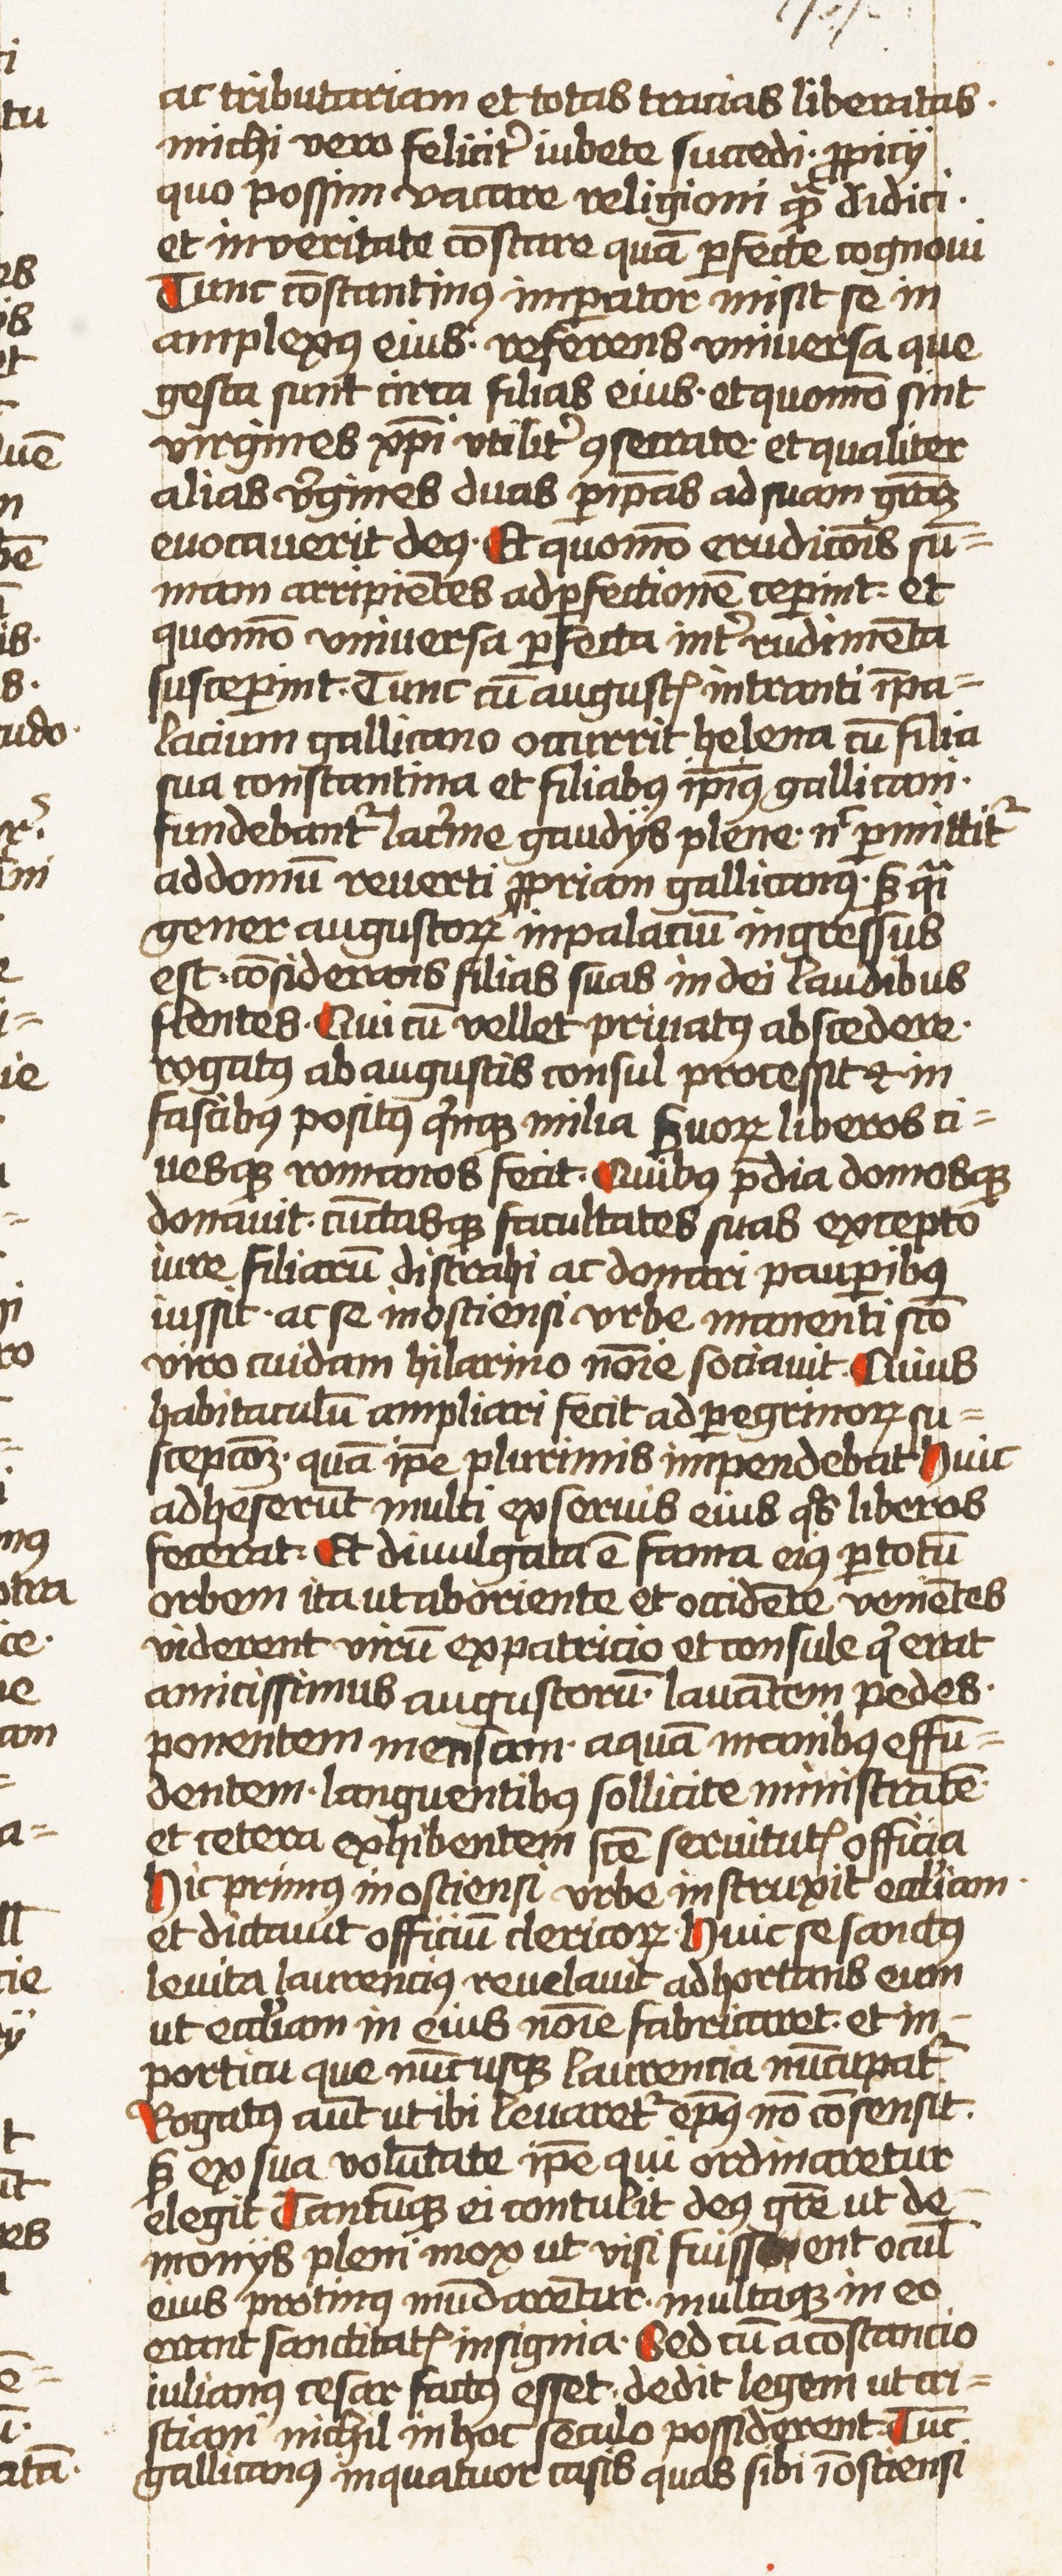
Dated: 1452–1459